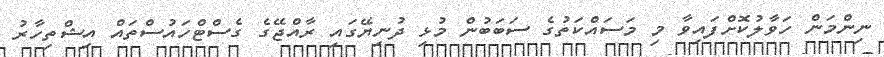
ނިންމަން ހަވާލުކޮށްފައިވާ މި މަސައްކަތުގެ ސަބަބުން މުޅި ދުނިޔޭގައި ރާއްޖޭގެ ގެސްޓްހައުސްތައް އިޝްތިހާރު